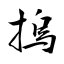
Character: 摀